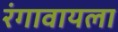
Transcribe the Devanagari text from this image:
रंगावायला